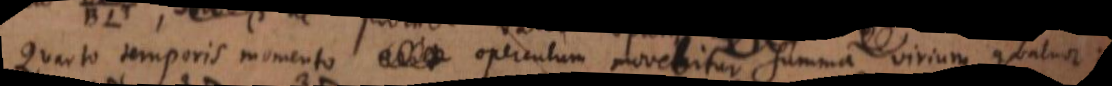
Quarto temporis momento erit operculum movebitur summa virium quatuor